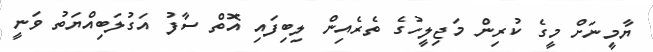
ޔާމީނަށް މީގެ ކުރިން މަޖިލީހުގެ ތެރެއިން ލިބިފައި އޮތް ސާފު އަގުލަބިއްޔަތު ވަނީ